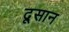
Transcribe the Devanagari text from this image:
दूसान